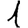
Digit: 1